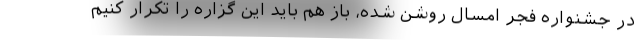
در جشنواره فجر امسال روشن شده، باز هم باید این گزاره را تکرار کنیم